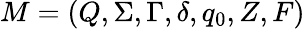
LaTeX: M=(Q,\Sigma,\Gamma,\delta,q_{0},Z,F)